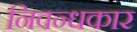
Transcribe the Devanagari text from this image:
निवन्धकार